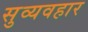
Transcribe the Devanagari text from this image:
सुव्यवहार